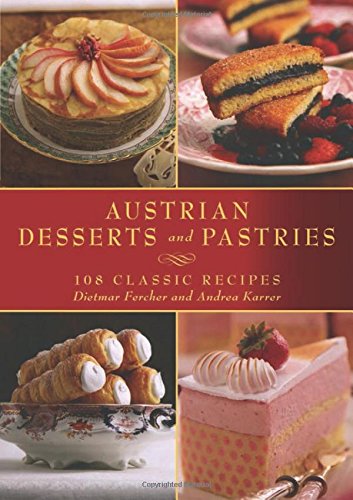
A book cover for Austrian Desserts and Pastries: 108 Classic Recipes; Dietmar Fercher; Cookbooks, Food & Wine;